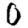
Digit: 0